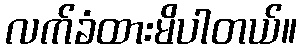
လက်ခံထားမိပါတယ်။